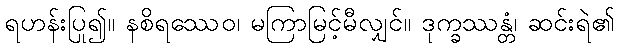
ရဟန်းပြု၍။ နစိရဿေဝ၊ မကြာမြင့်မီလျှင်။ ဒုက္ခဿန္တံ၊ ဆင်းရဲ၏